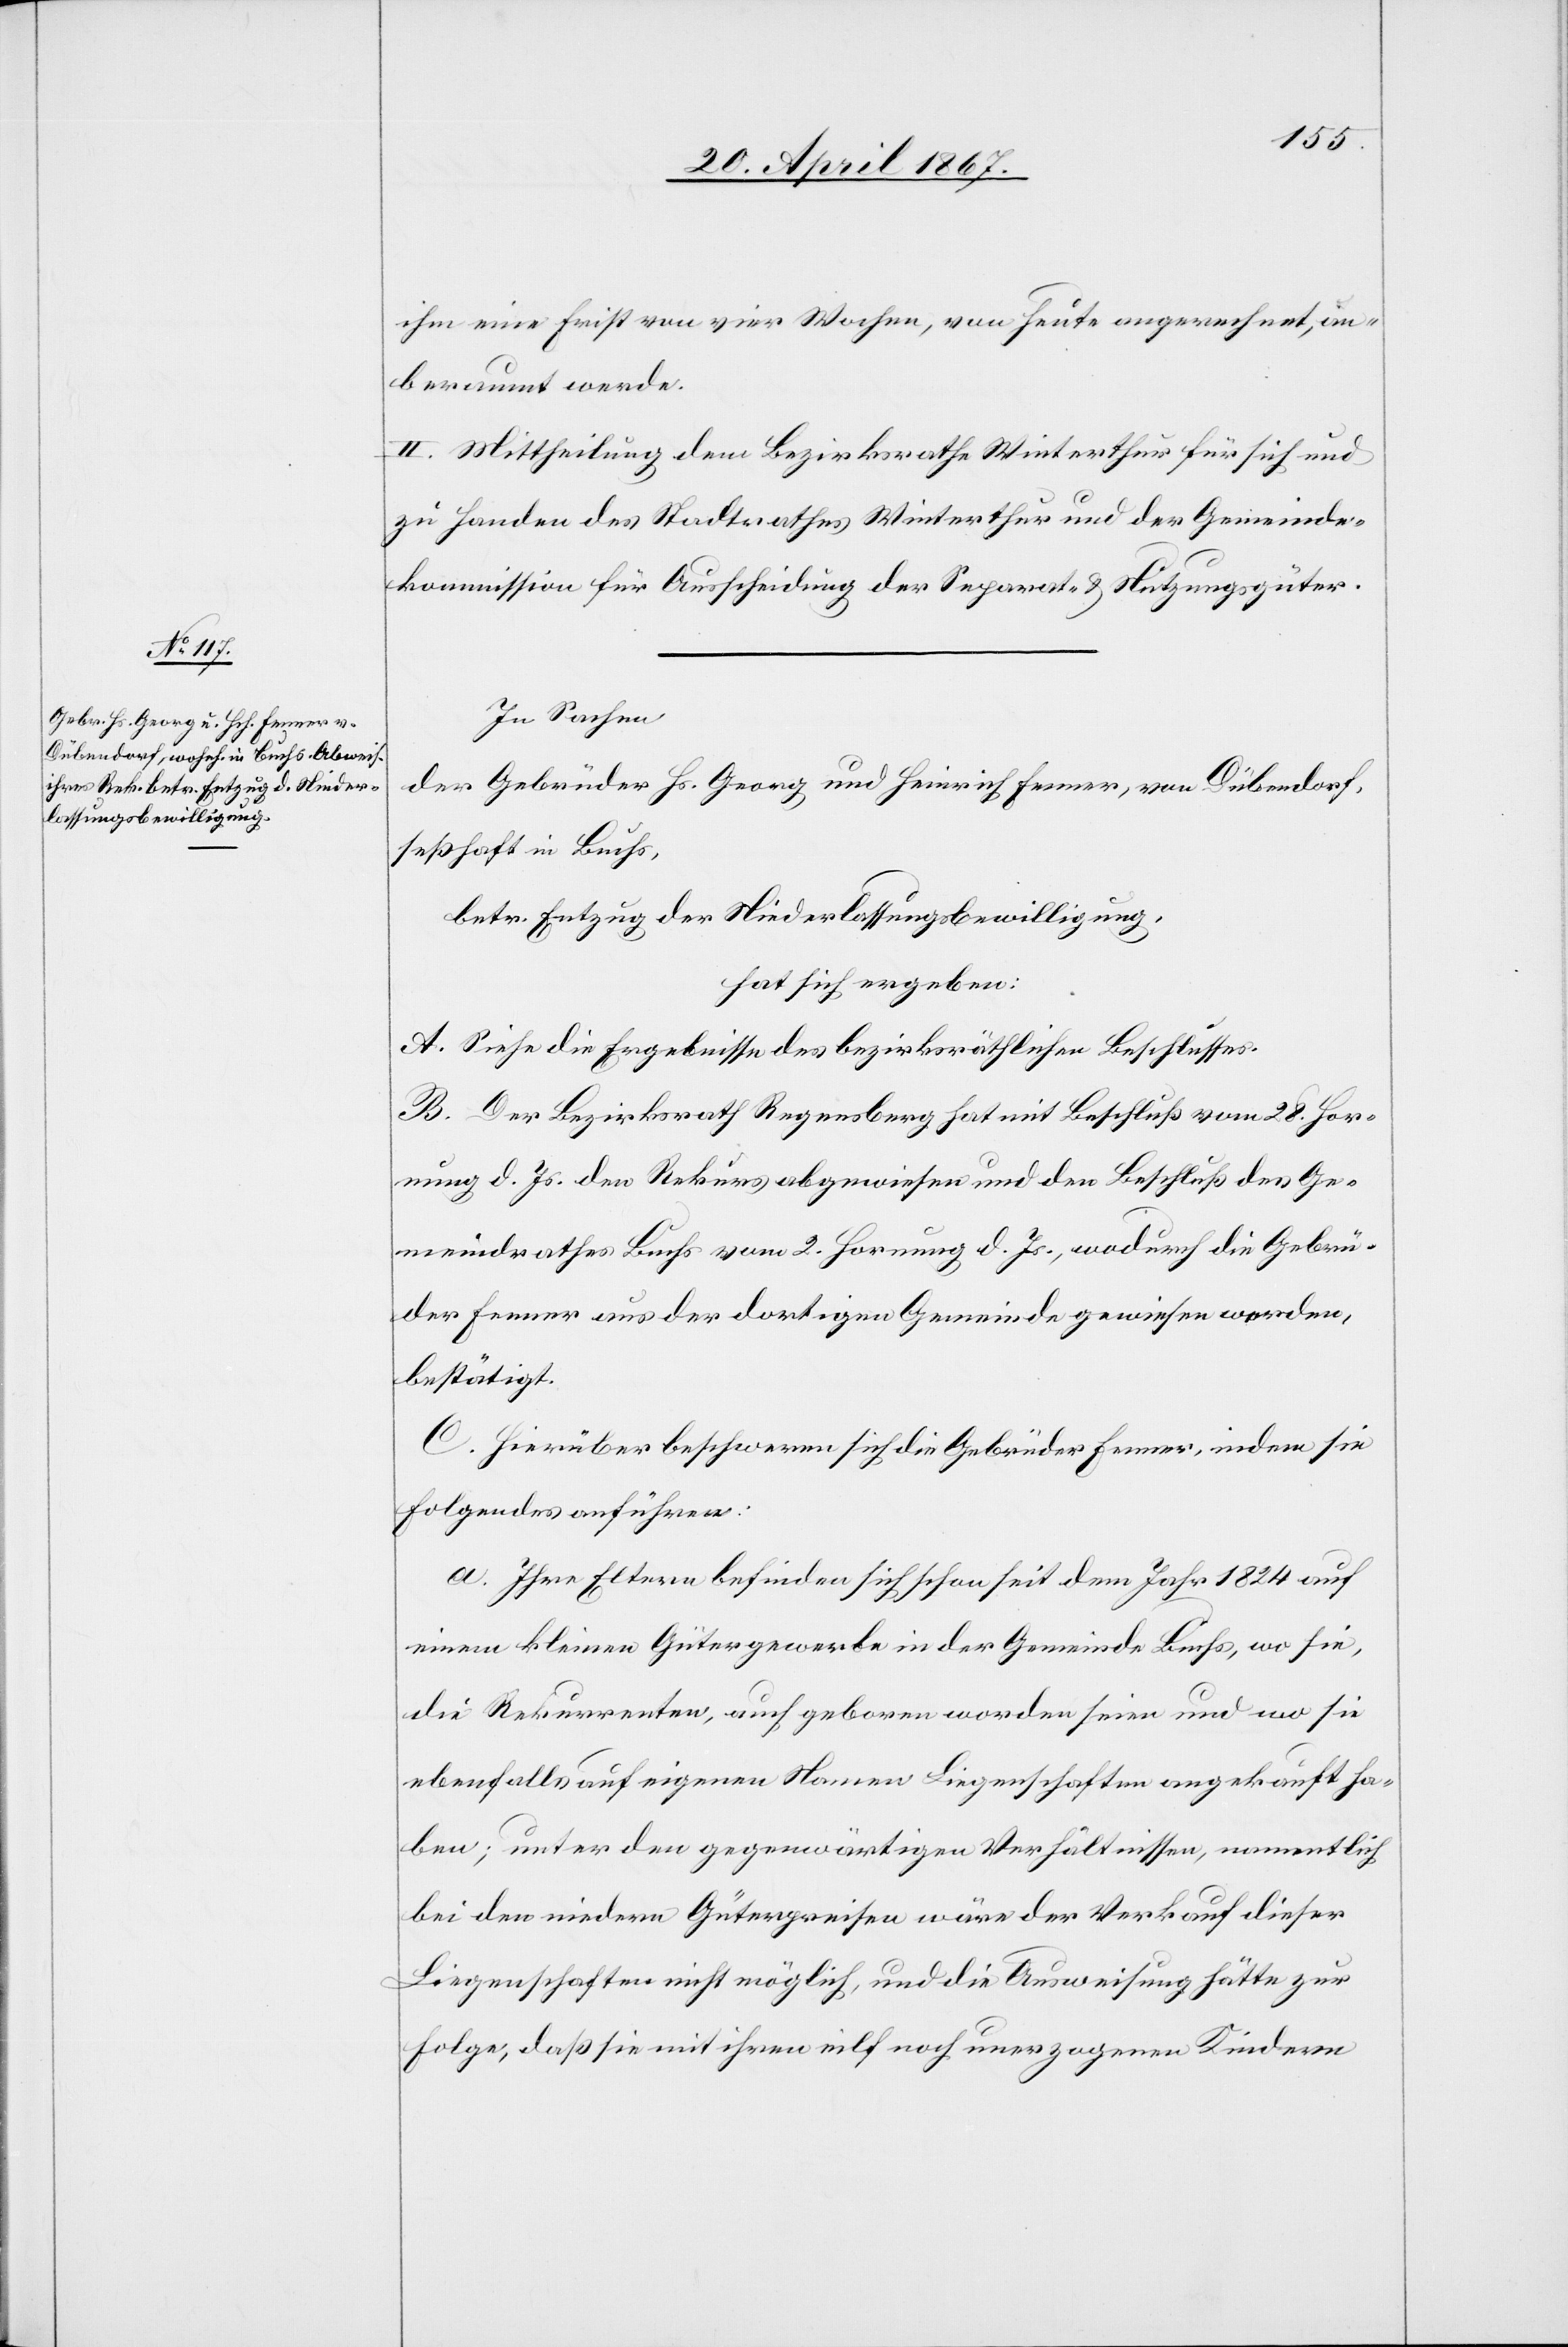
ihm eine Frist von vier Wochen, von heute angerechnet, an¬
beraumt werde.
II. Mittheilung dem Bezirksrathe Winterthur für sich und
zu Handen des Stadtrathes Winterthur und der Gemeinde¬
kommission für Ausscheidung der Separat- u. Nutzungsgüter.
In Sachen
der Gebrüder Hs. Georg und Heinrich Fenner, von Dübendorf,
wohnhaft in Buchs,
betr. Entzug der Niederlassungsbewilligung,
hat sich ergeben:
A. Siehe die Ergebnisse des bezirksräthlichen Beschlusses.
B. Der Bezirksrath Regensberg hat mit Beschluß vom 28. Hor¬
nung d. Js. den Rekurs abgewiesen und den Beschluß des Ge¬
meindrathes Buchs vom 2. Hornung d. Js, wodurch die Gebrü¬
der Fenner aus der dortigen Gemeinde gewiesen worden,
bestätigt.
C. Hierüber beschweren sich die Gebrüder Fenner, indem sie
folgendes anführen:
a. Ihre Eltern befinden sich schon seit dem Jahr 1824 auf
einem kleinen Gütergewerbe in der Gemeinde Buchs, wo sie,
die Rekurrenten, auch geboren worden seien und wo sie
ebenfalls auf eigenen Namen Liegenschaften angekauft ha¬
ben; unter den gegenwärtigen Verhältnissen, namentlich
bei den niedern Güterpreisen wäre der Verkauf dieser
Liegenschaften nicht möglich, und die Ausweisung hätte zur
Folge, daß sie mit ihren eilf noch unerzogenen Kindern